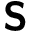
\boldsymbol { \mathsf { S } }